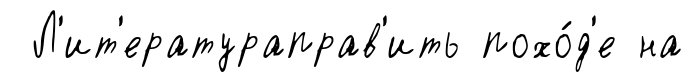
Л'ит'ератураправ'ить похо́д'е на